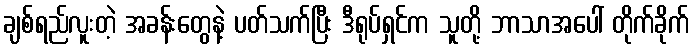
ချစ်ရည်လူးတဲ့ အခန်းတွေနဲ့ ပတ်သက်ပြီး ဒီရုပ်ရှင်က သူတို့ ဘာသာအပေါ် တိုက်ခိုက်